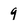
Character: 9